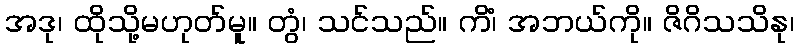
အဒု၊ ထိုသို့မဟုတ်မူ။ တွံ၊ သင်သည်။ ကိံ၊ အဘယ်ကို။ ဇိဂိသသိနု၊